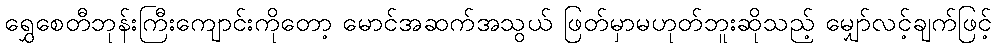
ရွှေစေတီဘုန်းကြီးကျောင်းကိုတော့ မောင်အဆက်အသွယ် ဖြတ်မှာမဟုတ်ဘူးဆိုသည့် မျှော်လင့်ချက်ဖြင့်